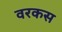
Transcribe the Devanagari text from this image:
वरकस